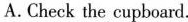
A. Check the cupboard.